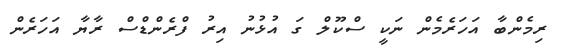
ރިމެންބާ އަހަރެމެން ނަކީ ސްކޫލް ގަ އުޅުނު އިރު ފްރެންޑްސް ރާޔާ އަހަރެން